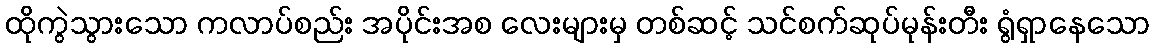
ထိုကွဲသွားသော ကလာပ်စည်း အပိုင်းအစ လေးများမှ တစ်ဆင့် သင်စက်ဆုပ်မုန်းတီး ရွံရှာနေသော